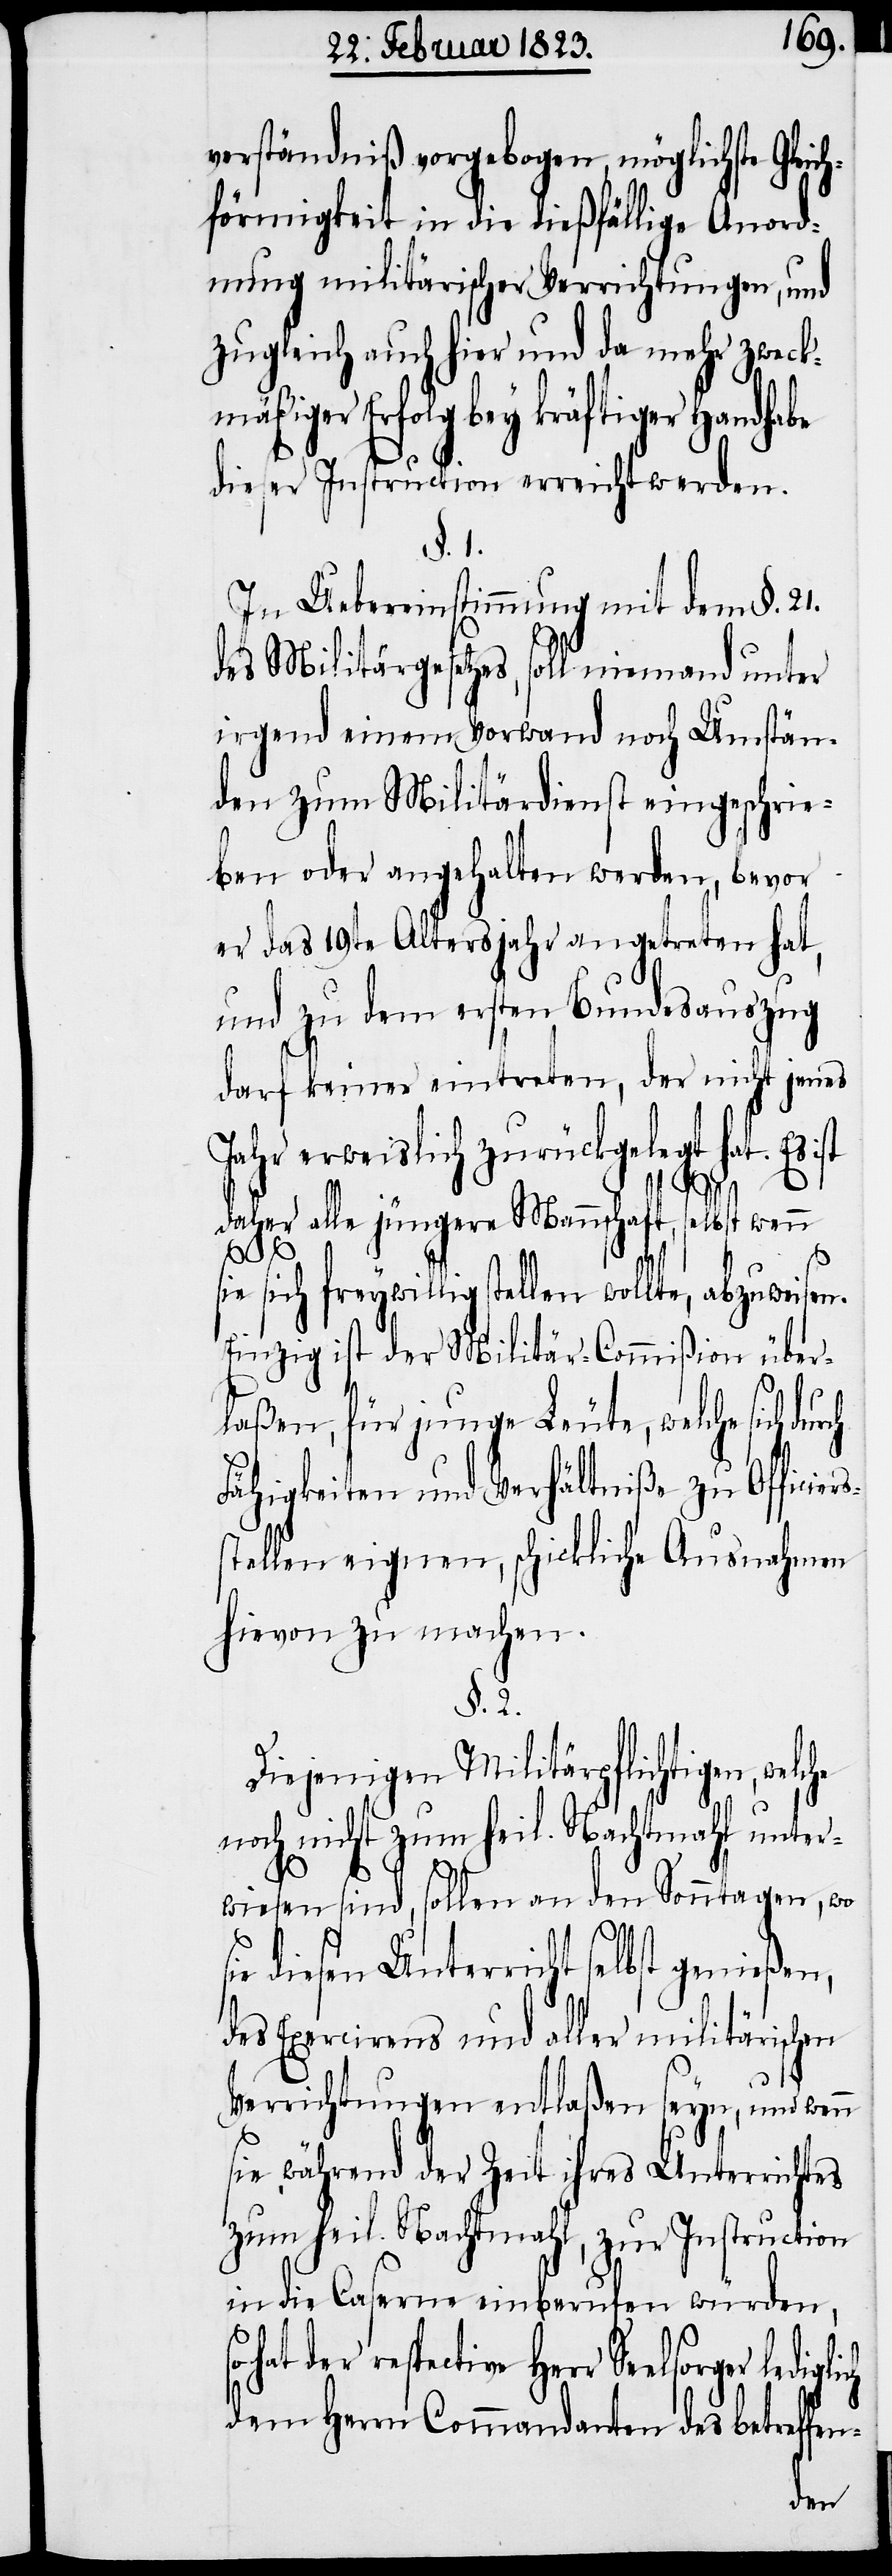
verständniß vorgebogen, möglichst¬
hförmigkeit in die dießfällige Anord¬
nung militärischer Verrichtungen, und
zugleich auch hier und da mehr zweck¬
mäßiger Erfolg bey kräftiger Handhabe
dieser Instruction erreicht werden.
§. 1.
In Uebereinstimmung mit dem §. 21.
des Militärgesetzes, soll niemand unter
irgend einem Vorwand noch Umstän¬
den zum Militärdienst eingeschrie¬
ben oder angehalten werden, bevor
er das 19te Altersjahr angetreten hat,
und zu dem ersten Bundesauszug
darf keiner eintreten, der nicht jenes
Jahr erweislich zurückgelegt hat. Es ist
e Gleic¬
daher alle jüngere Mannschaft, selbst wenn
sich freywillig stellen wollte,
Einzig ist der Militär-Commißion über¬
laßen, für junge Leute, welche sich
Fähigkeiten und Verhältniße zu Offici¬
stellen eignen, schickliche Ausnahmen
hievon zu machen.
§. 2.
Diejenigen Militärpflichtigen, welc¬
noch nicht zum heil. Nachtmahl unter¬
wiesen sind, sollen an den Sonntagen, wo
diesen Unterricht selbst genießen,
des Exercirens und aller militärischen
Verrichtungen entlaßen seyn, und wen¬
sie während der Zeit ihres Unterrichtes
zum heil. Nachtmahl, zur Instruction
in die Caserne einberufen würden,
sorger lediglich
dem Herrn Commandanten des betreffen-
n